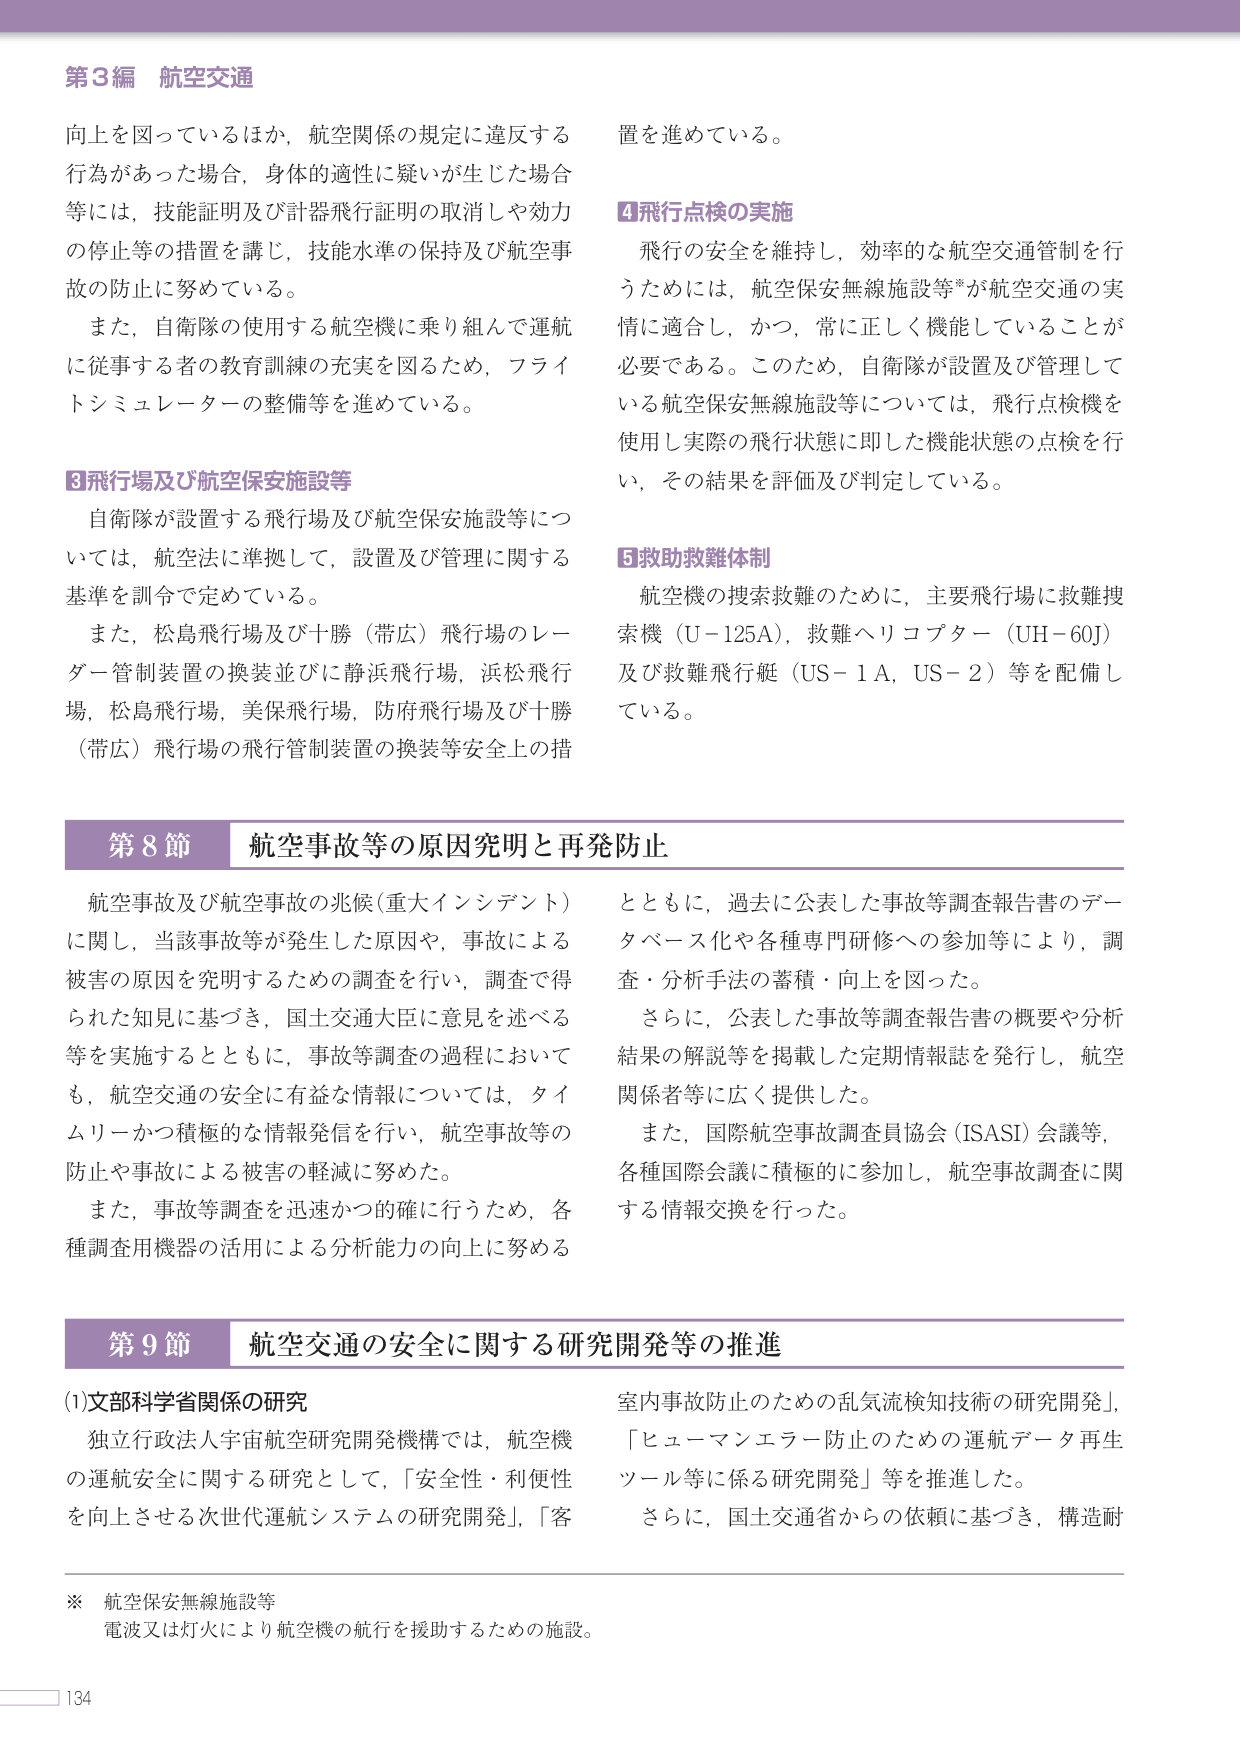
第3編 航空交通

向上を図っているほか、航空関係の規定に違反する行為があった場合、身体的適性に疑いが生じた場合等には、技能証明及び計器飛行証明の取消しや効力の停止等の措置を講じ、技能水準の保持及び航空事故の防止に努めている。

また、自衛隊の使用する航空機に乗り組んで運航に従事する者の教育訓練の充実を図るため、フライトシミュレーターの整備等を進めている。

③飛行場及び航空保安施設等

自衛隊が設置する飛行場及び航空保安施設等については、航空法に準拠して、設置及び管理に関する基準を訓令で定めている。

また、松島飛行場及び十勝（帯広）飛行場のレーダー管制装置の換装並びに静浜飛行場、浜松飛行場、松島飛行場、美保飛行場、防府飛行場及び十勝（帯広）飛行場の飛行管制装置の換装等安全上の措置を進めている。

④飛行点検の実施

飛行の安全を維持し、効率的な航空交通管制を行うためには、航空保安無線施設等*が航空交通の実情に適合し、かつ、常に正しく機能していることが必要である。このため、自衛隊が設置及び管理している航空保安無線施設等については、飛行点検機を使用し実際の飛行状態に即した機能状態の点検を行い、その結果を評価及び判定している。

⑤救助救難体制

航空機の捜索救難のために、主要飛行場に救難捜索機（U-125A）、救難ヘリコプター（UH-60J）及び救難飛行艇（US-1A、US-2）等を配備している。

第8節 航空事故等の原因究明と再発防止

航空事故及び航空事故の兆候（重大インシデント）に関し、当該事故等が発生した原因や、事故による被害の原因を究明するための調査を行い、調査で得られた知見に基づき、国土交通大臣に意見を述べる等を実施するとともに、事故等調査の過程においても、航空交通の安全に有益な情報については、タイムリーかつ積極的な情報発信を行い、航空事故等の防止や事故による被害の軽減に努めた。

また、事故等調査を迅速かつ的確に行うため、各種調査用機器の活用による分析能力の向上に努めるとともに、過去に公表した事故等調査報告書のデータベース化や各種専門研修への参加等により、調査・分析手法の蓄積・向上を図った。

さらに、公表した事故等調査報告書の概要や分析結果の解説等を掲載した定期情報誌を発行し、航空関係者等に広く提供した。

また、国際航空事故調査員協会（ISASI）会議等、各種国際会議に積極的に参加し、航空事故調査に関する情報交換を行った。

第9節 航空交通の安全に関する研究開発等の推進

(1)文部科学省関係の研究

独立行政法人宇宙航空研究開発機構では、航空機の運航安全に関する研究として、「安全性・利便性を向上させる次世代運航システムの研究開発」、「客室内事故防止のための乱気流検知技術の研究開発」、「ヒューマンエラー防止のための運航データ再生ツール等に係る研究開発」等を推進した。

さらに、国土交通省からの依頼に基づき、構造耐

※ 航空保安無線施設等
電波又は灯火により航空機の航行を援助するための施設。

134